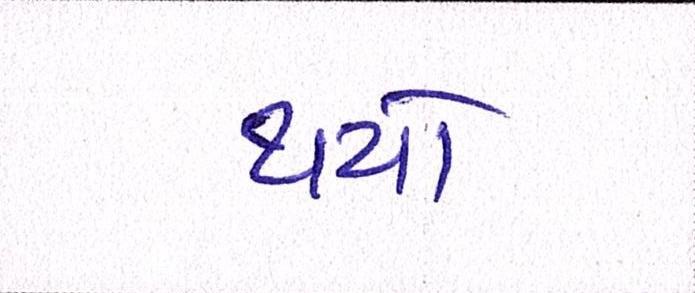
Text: થયો